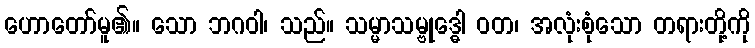
ဟောတော်မူ၏။ သော ဘဂဝါ၊ သည်။ သမ္မာသမ္ဗုဒ္ဓေါ ဝတ၊ အလုံးစုံသော တရားတို့ကို